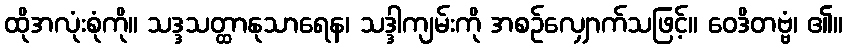
ထိုအလုံးစုံကို။ သဒ္ဒသတ္ထာနုသာရေန၊ သဒ္ဒါကျမ်းကို အစဉ်လျှောက်သဖြင့်။ ဝေဒိတဗ္ဗံ၊ ၏။